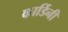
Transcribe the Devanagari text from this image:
कार्डिनी